Insane asylums in Bengal annual reports 1876-1887 - 1876-1887
Year: 1876
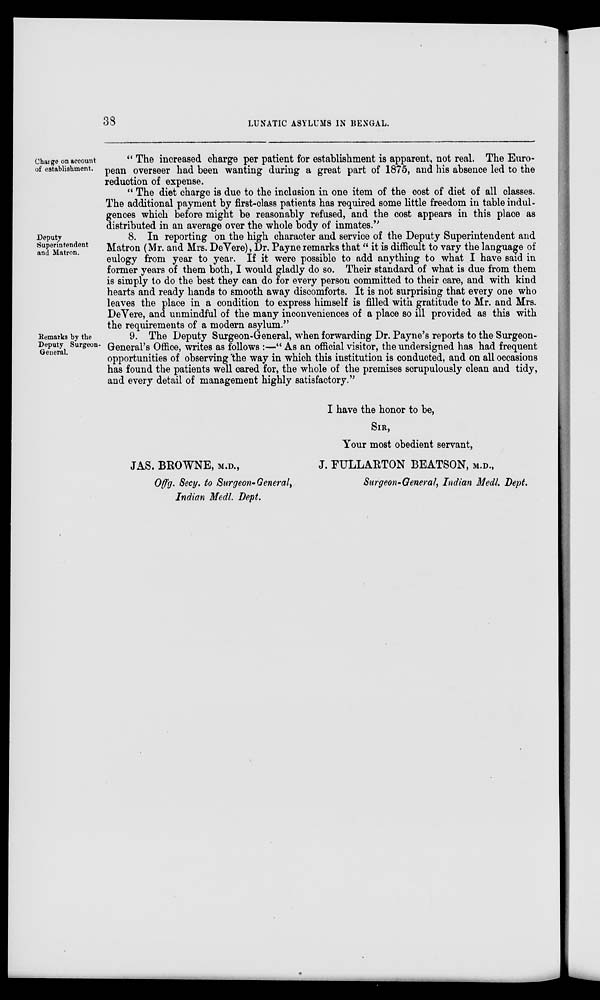
38
LUNATIC ASYLUMS IN BENGAL.
Charge on account
of establishment.
" The increased charge per patient for establishment is apparent, not real. The Euro-
pean overseer had been wanting during a great part of 1875, and his absence led to the
reduction of expense.
" The diet charge is due to the inclusion in one item of the cost of diet of all classes.
The additional payment by first-class patients has required some little freedom in table indul-
gences which before might be reasonably refused, and the cost appears in this place as
distributed in an average over the whole body of inmates."
Deputy
Superintendent
and Matron.
8. In reporting on the high character and service of the Deputy Superintendent and
Matron (Mr. and Mrs. DeVere), Dr. Payne remarks that" it is difficult to vary the language of
eulogy from year to year. If it were possible to add anything to what I have said in
former years of them both, I would gladly do so. Their standard of what is due from them
is simply to do the best they can do for every person committed to their care, and with kind
hearts and ready hands to smooth away discomforts. It is not surprising that every one who
leaves the place in a condition to express himself is filled with gratitude to Mr. and Mrs
DeVere, and unmindful of the many inconveniences of a place so ill provided as this with
the requirements of a modern asylum."
Remarks by the
Deputy Surgeon-
General.
9. The Deputy Surgeon-General, when forwarding Dr. Payne's reports to the Surgeon-
General's Office, writes as follows :—" As an official visitor, the undersigned has had frequent
opportunities of observing 'the way in which this institution is conducted, and on all occasions
has found the patients well cared for, the whole of the premises scrupulously clean and tidy,
and every detail of management highly satisfactory."
I have the honor to be,
SIR,
Your most obedient servant,
JAS. BROWNE, M.D., J. FULLARTON BEATSON, M.D.,
Offg. Secy, to Surgeon-General, Surgeon-General, Indian Medl. Dept.
Indian Medl. Dept.